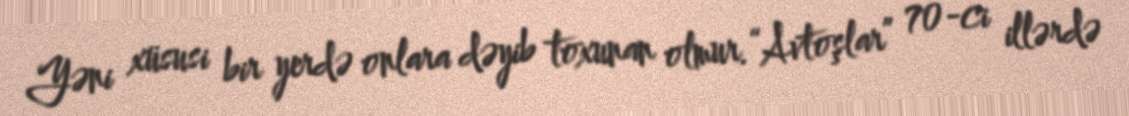
Yəni xüsusi bir yerdə onlara dəyib toxunan olmur.“Avtoşlar” 70-ci illərdə